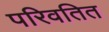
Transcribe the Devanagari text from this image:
परिवतित